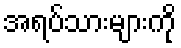
အရပ်သားများကို